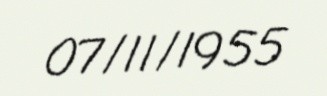
07/11/1955